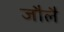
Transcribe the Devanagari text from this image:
जौलै